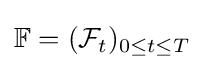
\mathbb {F} =({\mathcal {F}}_{t})_{0\leq t\leq T}